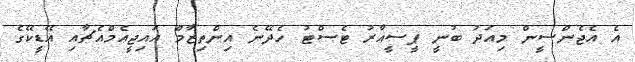
އެ އެޖެންސީން މިއަދު ބުނީ ޕީސީއާރު ޓެސްޓު ހެދޭނެ އިންތިޒާމް އައިޖީއެމްއެޗާއި އޭޑީކޭގެ